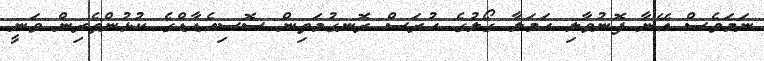
ނަމަވެސް އޭނާ ފޮނުވާލި ހަމަލާ ގޯލުގެ ހުރަސް ރޮނގުމަތިން ސޮސިއެޑާޑްގެ ކުޅުންތެރިން ވަނީ